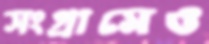
সংগ্রামেও